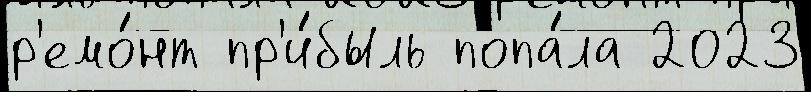
р'емо́нт пр'и́быль попа́ла 2023